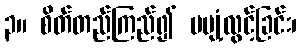
၃။ စိတ်တည်ကြည်၍ မပျံ့လွင့်ခြင်း၊